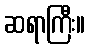
ဆရာကြီး။